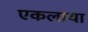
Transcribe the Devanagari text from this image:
एकलाया